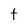
Character: T